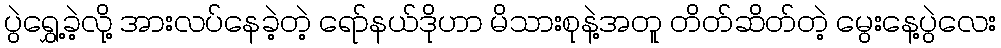
ပွဲရွှေ့ခဲ့လို့ အားလပ်နေခဲ့တဲ့ ရော်နယ်ဒိုဟာ မိသားစုနဲ့အတူ တိတ်ဆိတ်တဲ့ မွေးနေ့ပွဲလေး